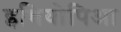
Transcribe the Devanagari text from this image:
इथियोपिआ